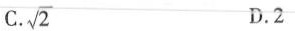
C. \sqrt{2} D.2